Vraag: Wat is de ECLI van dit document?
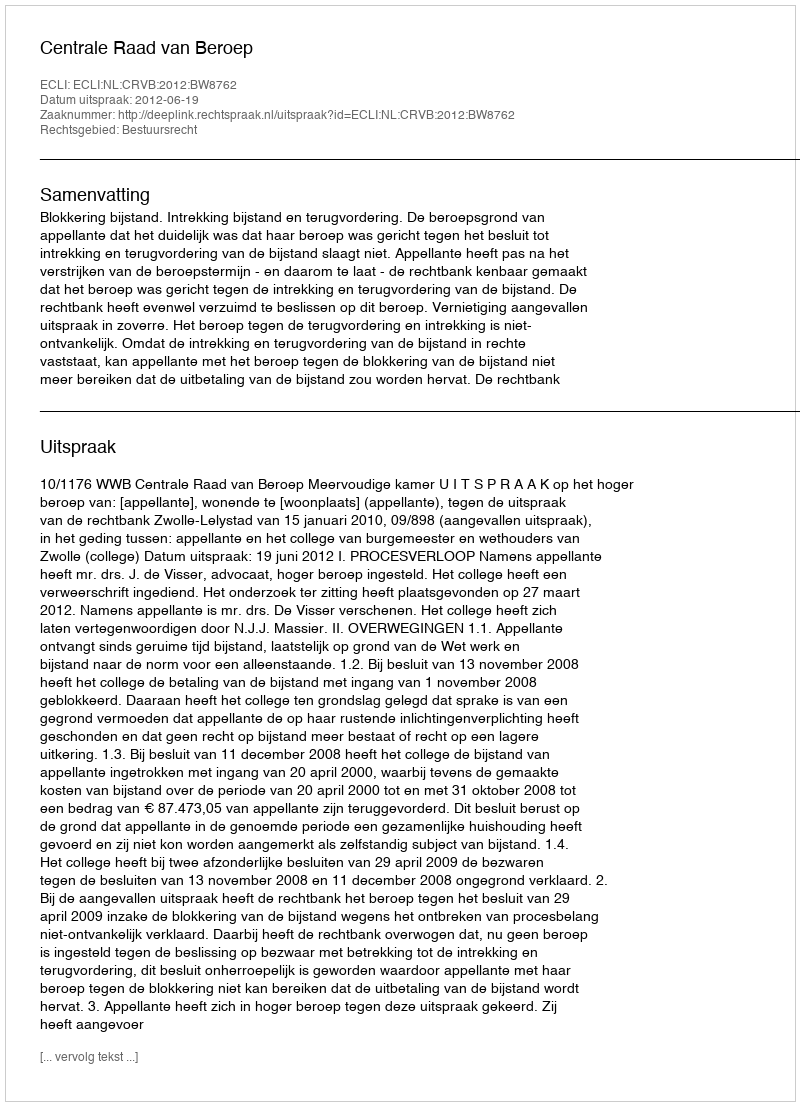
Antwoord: ECLI:NL:CRVB:2012:BW8762